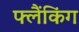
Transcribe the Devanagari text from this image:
फ्लैंकिंग